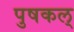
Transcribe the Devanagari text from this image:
पुषकल्